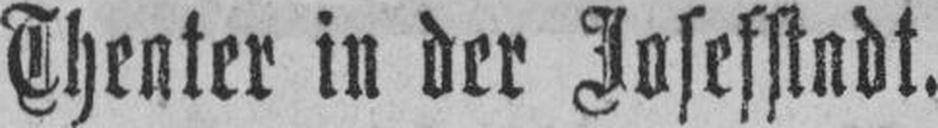
Theater in der Josefstadt.